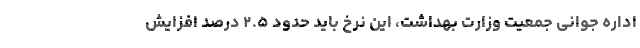
اداره جوانی جمعیت وزارت بهداشت، این نرخ باید حدود ۲.۵ درصد افزایش